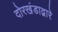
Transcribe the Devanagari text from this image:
दोरखंडाद्वारे